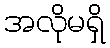
အလိုမရှိ